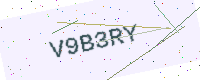
Text: V9B3RY